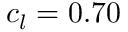
c _ { l } = 0 . 7 0